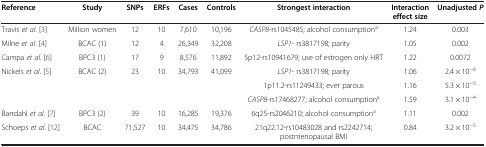
<table><thead><tr><td><b>Reference</b></td><td><b>Study</b></td><td><b>SNPs</b></td><td><b>ERFs</b></td><td><b>Cases</b></td><td><b>Controls</b></td><td><b>Strongest interaction</b></td><td><b>Interaction effect size</b></td><td><b>Unadjusted<i>P</i></b></td></tr></thead><tbody><tr><td>Travis <i>et al</i>. [3]</td><td>Million women</td><td>12</td><td>10</td><td>7,610</td><td>10,196</td><td><i>CASP8</i>-rs1045485; alcohol consumption<sup>a</sup></td><td>1.24</td><td>0.003</td></tr><tr><td>Milne <i>et al</i>. [4]</td><td>BCAC (1)</td><td>12</td><td>4</td><td>26,349</td><td>32,208</td><td><i>LSP1</i>- rs3817198; parity</td><td>1.05</td><td>0.002</td></tr><tr><td>Campa <i>et al</i>. [6]</td><td>BPC3 (1)</td><td>17</td><td>9</td><td>8,576</td><td>11,892</td><td>5p12-rs10941679; use of estrogen only HRT</td><td>1.22</td><td>0.0072</td></tr><tr><td rowspan="3">Nickels <i>et al</i>. [5]</td><td rowspan="3">BCAC (2)</td><td rowspan="3">23</td><td rowspan="3">10</td><td rowspan="3">34,793</td><td rowspan="3">41,099</td><td><i>LSP1</i>- rs3817198; parity</td><td>1.06</td><td>2.4 × 10<sup>−6</sup></td></tr><tr><td>1p11.2-rs11249433; ever parous</td><td>1.16</td><td>5.3 × 10<sup>−5</sup></td></tr><tr><td><i>CASP8</i>-rs17468277; alcohol consumption<sup>a</sup></td><td>1.59</td><td>3.1 × 10<sup>−4</sup></td></tr><tr><td>Barrdahl <i>et al</i>. [7]</td><td>BPC3 (2)</td><td>39</td><td>10</td><td>16,285</td><td>19,376</td><td>6q25-rs2046210; alcohol consumption<sup>a</sup></td><td>1.11</td><td>0.002</td></tr><tr><td>Schoeps <i>et al</i>. [12]</td><td>BCAC</td><td>71,527</td><td>10</td><td>34,475</td><td>34,786</td><td>21q22.12-rs10483028 and rs2242714; postmenopausal BMI</td><td>0.84</td><td>3.2 × 10<sup>−5</sup></td></tr></tbody></table>